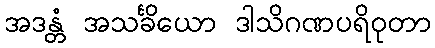
အဒန္တံ အသင်္ခိယော ဒါသိဂဏပရိဝုတာ